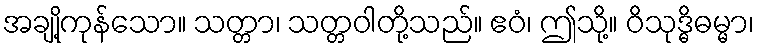
အချို့ကုန်သော။ သတ္တာ၊ သတ္တဝါတို့သည်။ ဧဝံ၊ ဤသို့။ ဝိသုဒ္ဓိဓမ္မာ၊